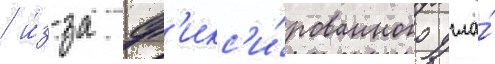
/ и́з-за ф'икс'и́рованного угла́